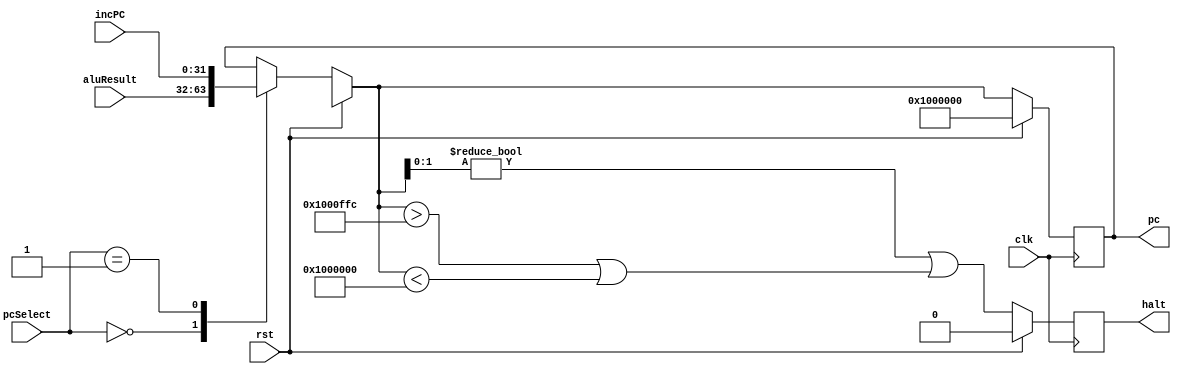
module programCounter(
    input wire clk, 
    input wire rst,
    input wire [1:0] pcSelect,     
    input wire [31:0] aluResult, incPC,   
    output reg [31:0] pc,
    output reg halt 
);

    localparam [31:0] START_ADDRESS = 32'h01000000;
    localparam [31:0] UPPER_ADDRESS_LIMIT = 32'h01000FFC;

    always @(posedge clk) begin
        if (rst) begin
            pc <= START_ADDRESS;
            halt <= 1'b0;
        end else begin           
            case (pcSelect)
                2'b00: pc = aluResult;
                2'b01: pc = incPC;
                2'b10: pc = pc; //pc
                default: pc = pc;// 32'hdeadbeef
            endcase
            // Halt Conditions
            halt <= (pc[1:0] != 2'b00) || (pc > UPPER_ADDRESS_LIMIT || pc < START_ADDRESS);
        end
    end
endmodule